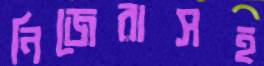
নিজেরাসহ